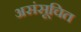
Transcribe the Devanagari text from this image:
असंसूचित